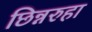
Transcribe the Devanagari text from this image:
छिन्नरुहा